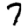
Digit: 7